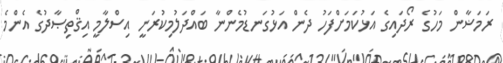
ރަމަޟާން މަހުގެ ރޯދައިގެ އަޅުކަމަށްފަހު ދެން އަޅުގަނޑުމެންނާ ބައްދަލުމިކުރަނީ އިސްލާމީ އިޤްތިޞާދުގެ އެންމެ